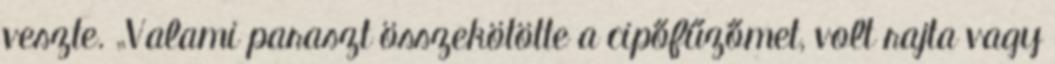
veszte. „Valami paraszt összekötötte a cipőfűzőmet, volt rajta vagy